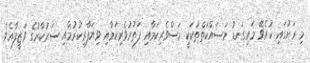
މި ރަށުގައި ކުރެވޭ މައިގަނޑު މަސައްކަތްތަކަކީ މަސްވެރިކަމާއި ފަތުރުވެރިކަމާއި ވިޔަފާރިކުރުމާއި ސަރުކާރުގެ ވަޒީފާއެވެ.